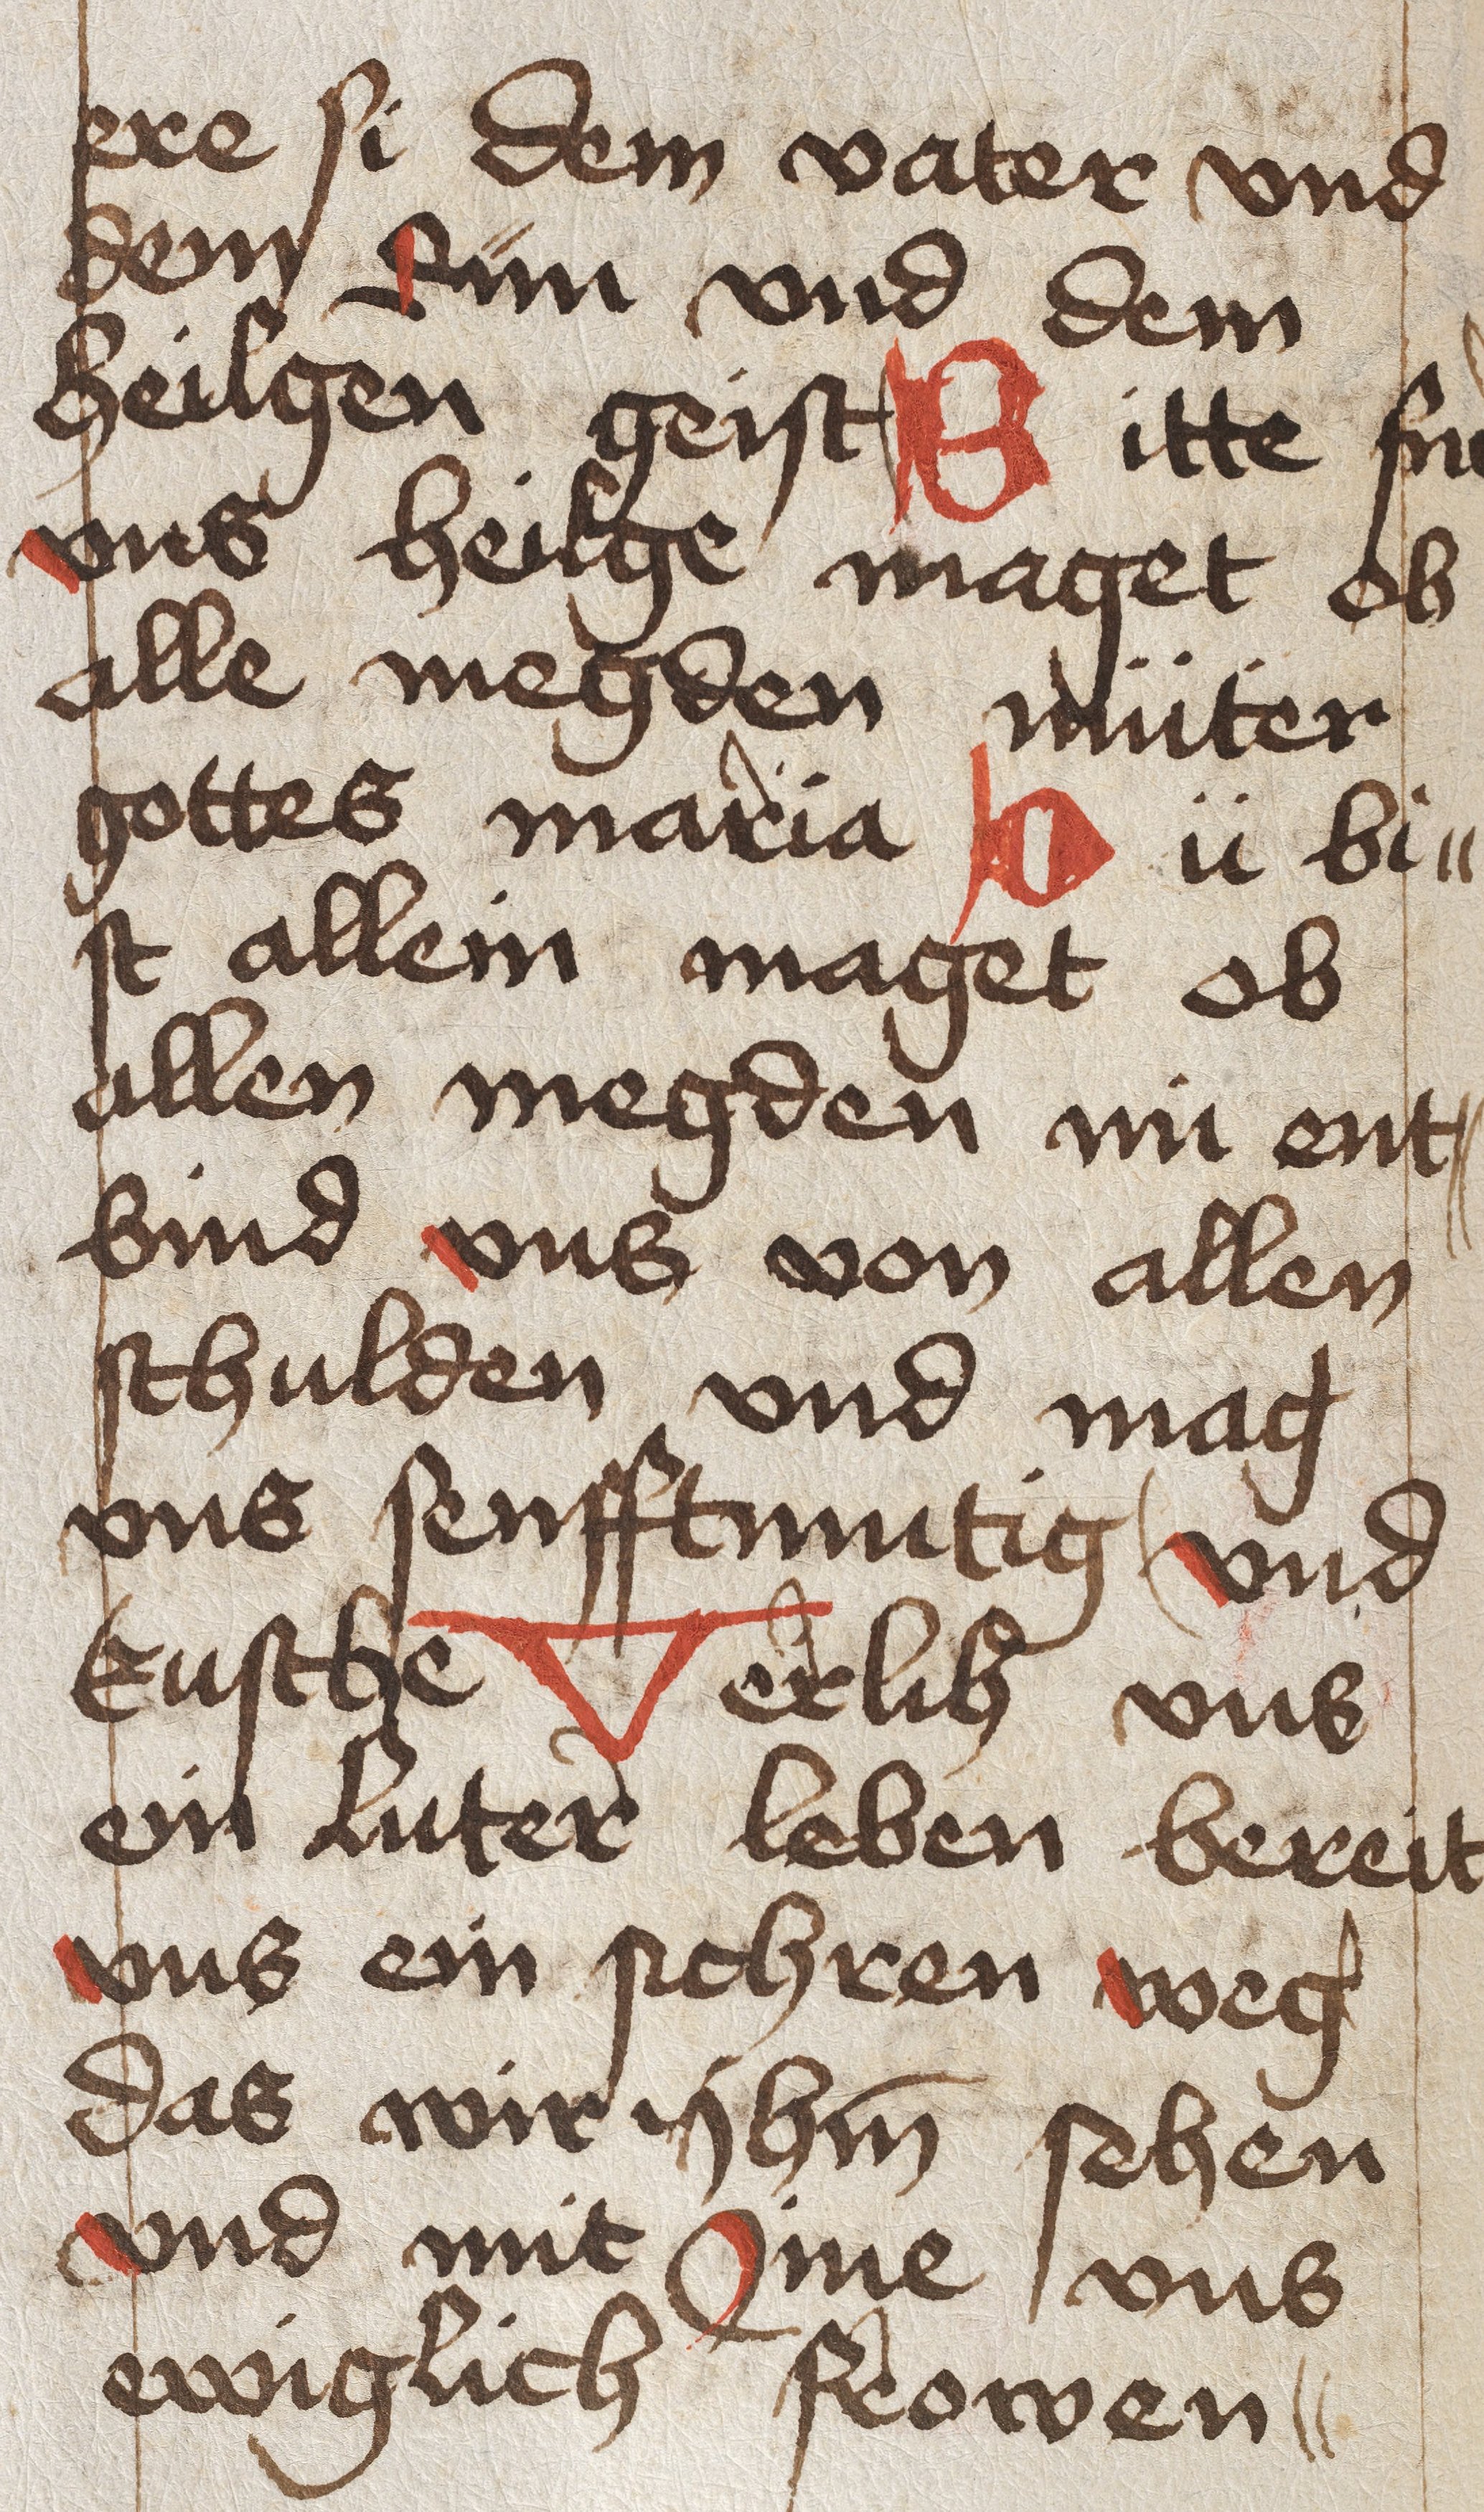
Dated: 1450–1499